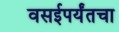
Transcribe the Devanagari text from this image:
वसईपर्यंतचा